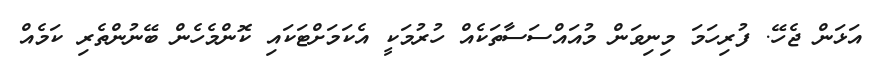
އަޅަން ޖެހޭ. ފުރިހަމަ މިނިވަން މުއައްސަސާތަކެއް ހުރުމަކީ އެކަމަށްޓަކައި ކޮންމެހެން ބޭނުންތެރި ކަމެއް